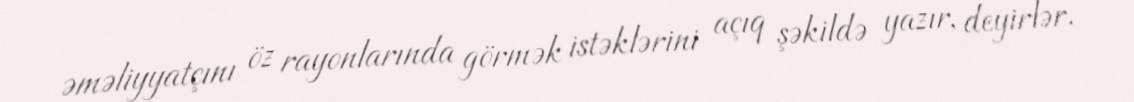
əməliyyatçını öz rayonlarında görmək istəklərini açıq şəkildə yazır, deyirlər.